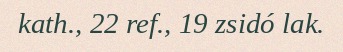
kath., 22 ref., 19 zsidó lak.